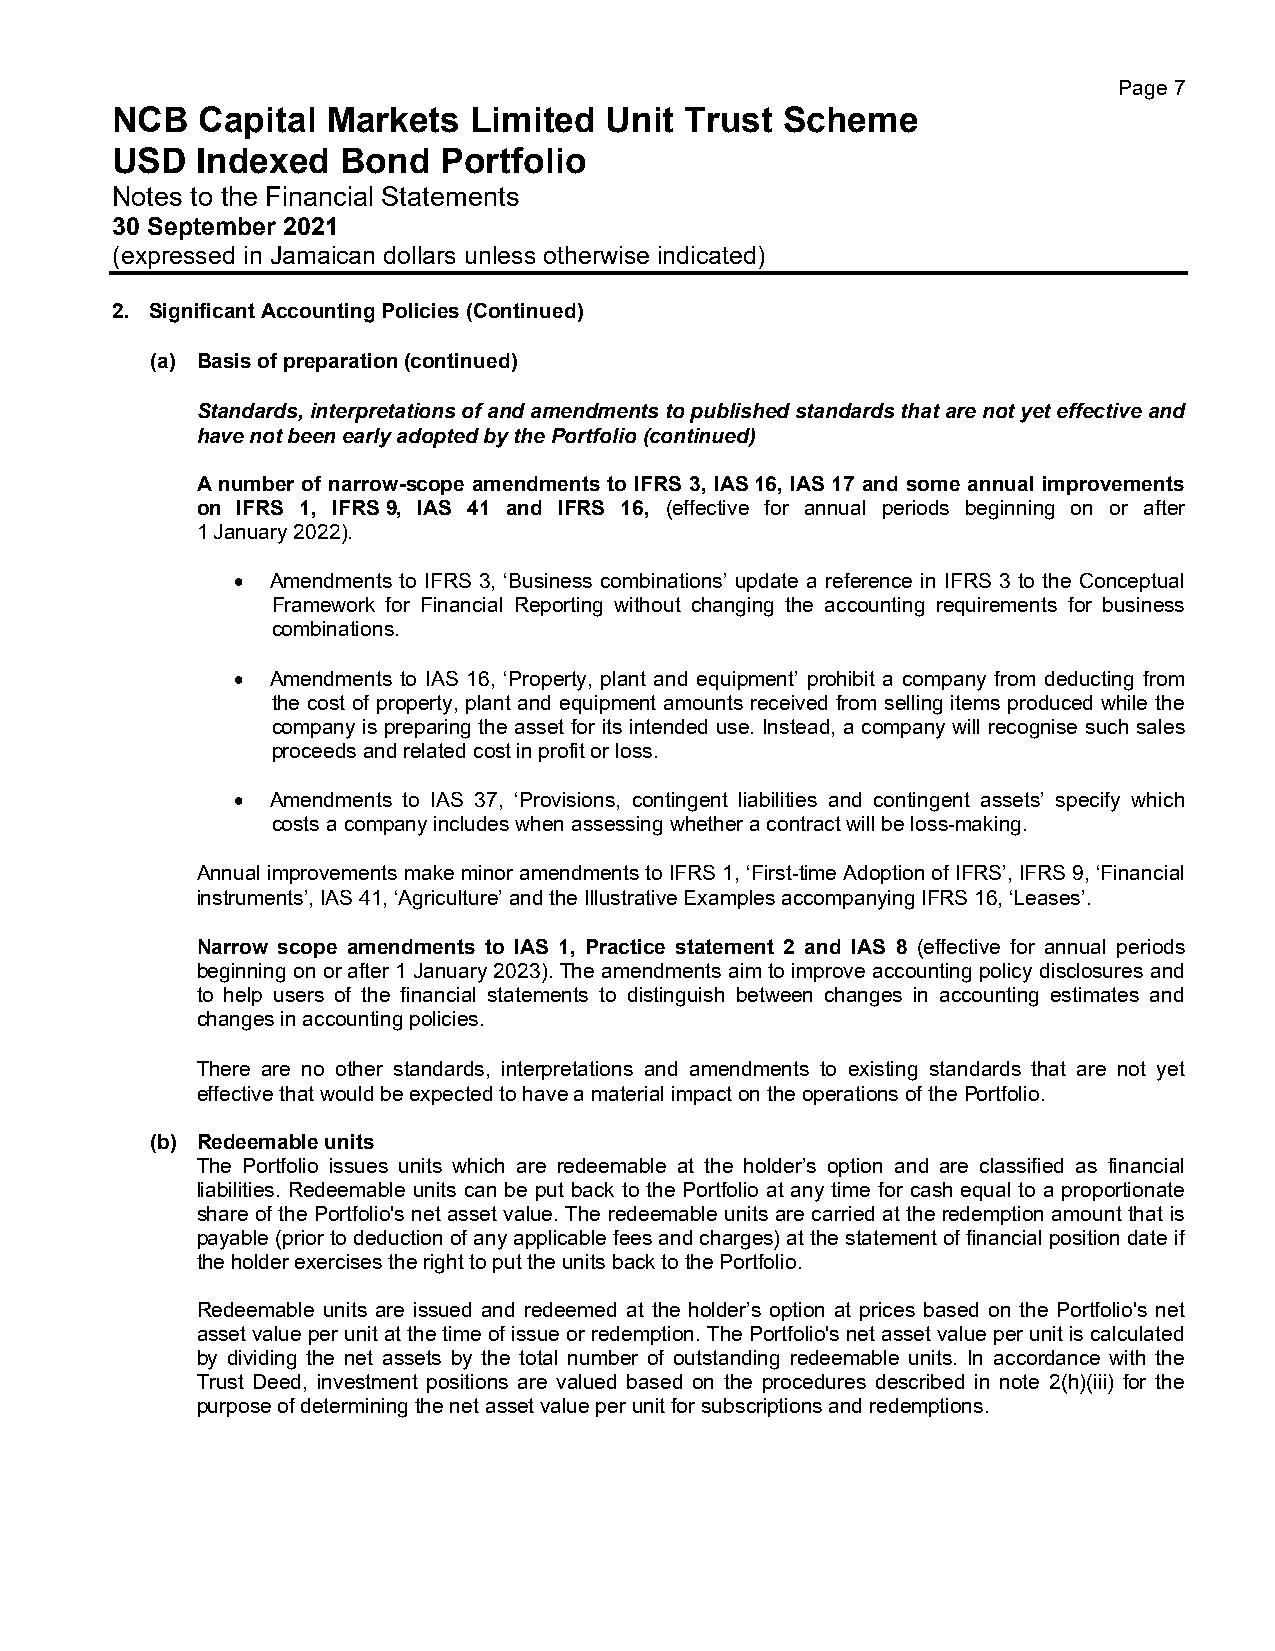
Page 7
 NCB   Capital  Markets  Limited  Unit Trust  Scheme
 USD   Indexed   Bond  Portfolio
 Notes to the Financial Statements
 30 September 2021
 (expressed in Jamaican dollars unless otherwise indicated)
 2. Significant Accounting Policies (Continued)
 (a) Basis of preparation (continued)
 Standards, interpretations of and amendments to published standards that are not yet effective and
 have not been early adopted by the Portfolio (continued)
 A number of narrow-scope amendments to IFRS 3, IAS 16, IAS 17 and some annual improvements
 on IFRS 1, IFRS 9, IAS 41 and IFRS 16, (effective for annual periods beginning on or after
 1 January 2022).
 • Amendments to IFRS 3, ‘Business combinations’ update a reference in IFRS 3 to the Conceptual
 Framework for Financial Reporting without changing the accounting requirements for business
 combinations.
 • Amendments to IAS 16, ‘Property, plant and equipment’ prohibit a company from deducting from
 the cost of property, plant and equipment amounts received from selling items produced while the
 company is preparing the asset for its intended use. Instead, a company will recognise such sales
 proceeds and related cost in profit or loss.
 • Amendments to IAS 37, ‘Provisions, contingent liabilities and contingent assets’ specify which
 costs a company includes when assessing whether a contract will be loss-making.
 Annual improvements make minor amendments to IFRS 1, ‘First-time Adoption of IFRS’, IFRS 9, ‘Financial
 instruments’, IAS 41, ‘Agriculture’ and the Illustrative Examples accompanying IFRS 16, ‘Leases’.
 Narrow scope amendments to IAS 1, Practice statement 2 and IAS 8 (effective for annual periods
 beginning on or after 1 January 2023). The amendments aim to improve accounting policy disclosures and
 to help users of the financial statements to distinguish between changes in accounting estimates and
 changes in accounting policies.
 There are no other standards, interpretations and amendments to existing standards that are not yet
 effective that would be expected to have a material impact on the operations of the Portfolio.
 (b) Redeemable units
 The Portfolio issues units which are redeemable at the holder’s option and are classified as financial
 liabilities. Redeemable units can be put back to the Portfolio at any time for cash equal to a proportionate
 share of the Portfolio's net asset value. The redeemable units are carried at the redemption amount that is
 payable (prior to deduction of any applicable fees and charges) at the statement of financial position date if
 the holder exercises the right to put the units back to the Portfolio.
 Redeemable units are issued and redeemed at the holder’s option at prices based on the Portfolio's net
 asset value per unit at the time of issue or redemption. The Portfolio's net asset value per unit is calculated
 by dividing the net assets by the total number of outstanding redeemable units. In accordance with the
 Trust Deed, investment positions are valued based on the procedures described in note 2(h)(iii) for the
 purpose of determining the net asset value per unit for subscriptions and redemptions.